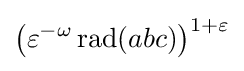
{\big (}\varepsilon ^{-\omega }\operatorname {rad} (abc){\big )}^{1+\varepsilon }